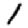
Digit: 1